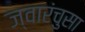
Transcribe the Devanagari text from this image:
ज्वारंचुसा